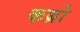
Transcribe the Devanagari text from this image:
कब्रो